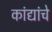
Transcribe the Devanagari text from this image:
कांद्यांचे